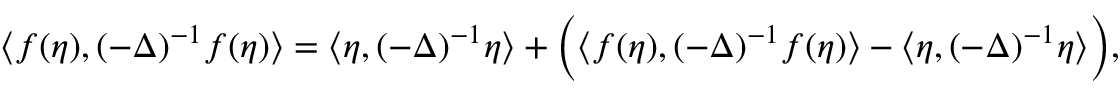
\big \langle f ( \eta ) , ( - \Delta ) ^ { - 1 } f ( \eta ) \big \rangle = \big \langle \eta , ( - \Delta ) ^ { - 1 } \eta \big \rangle + \Big ( \big \langle f ( \eta ) , ( - \Delta ) ^ { - 1 } f ( \eta ) \big \rangle - \big \langle \eta , ( - \Delta ) ^ { - 1 } \eta \big \rangle \Big ) ,